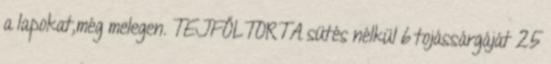
a lapokat,még melegen. TEJFŐLTORTA sütés nélkül 6 tojássárgáját 25